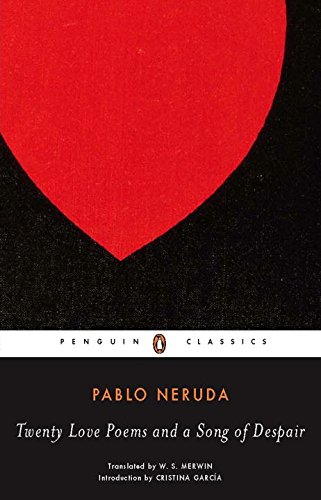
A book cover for Twenty Love Poems and a Song of Despair (Spanish and English Edition); Pablo Neruda; Literature & Fiction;